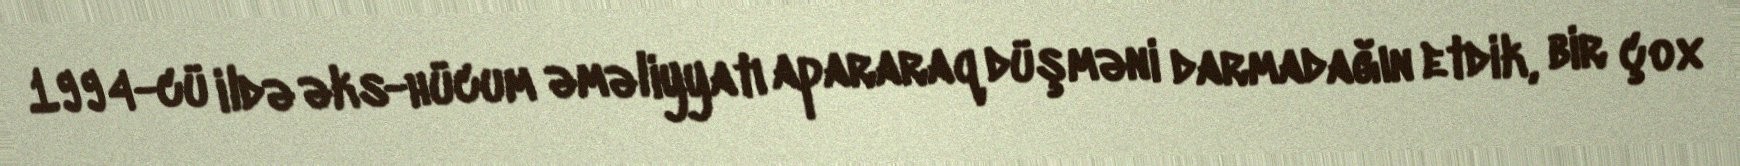
1994-cü ildə əks-hücum əməliyyatı apararaq düşməni darmadağın etdik, bir çox